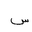
Letter: _sin